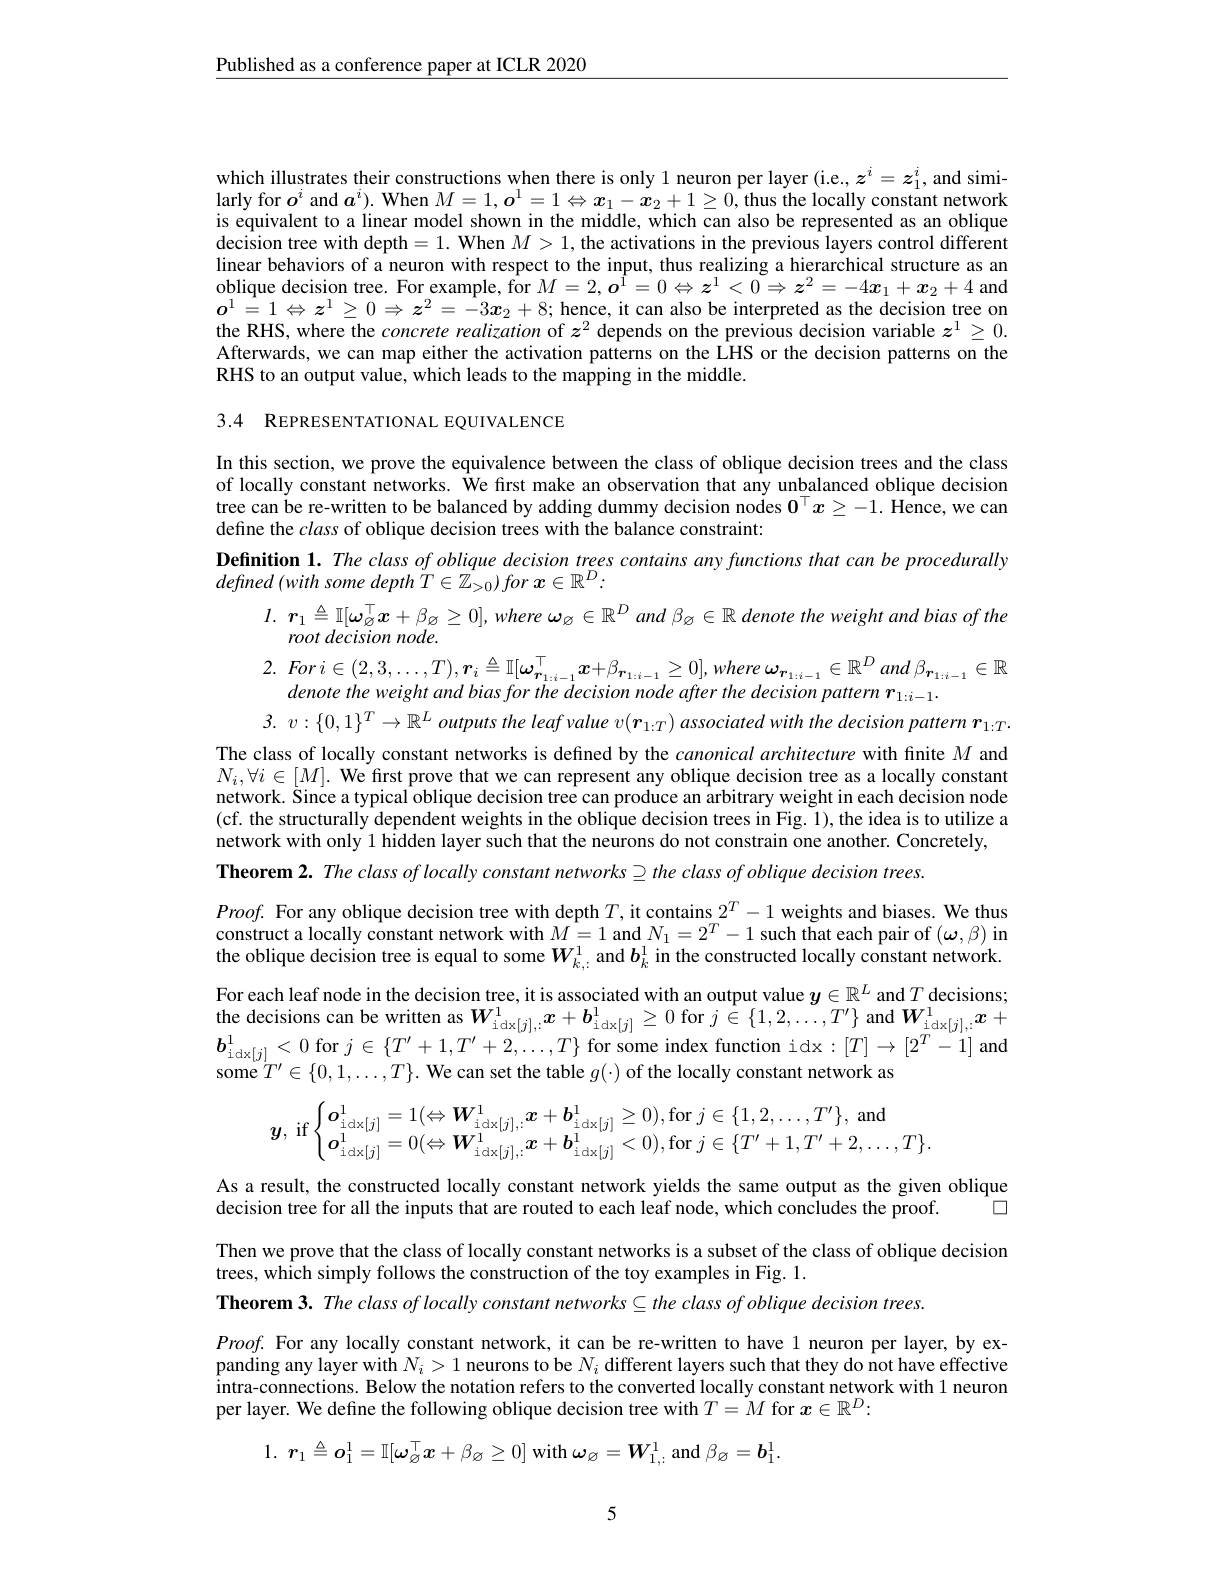
$\underline{\text{Published as a conference paper at ICLR 2020}}$

which illustrates their constructions when there is only 1 neuron per layer (i.e., $z^i=z_1^i$, and similarly for $o^i$ and $a^i).$ When $M=1,\boldsymbol{o}^1=1\Leftrightarrow x_1-\boldsymbol{x}_2+1\geq0$, thus the locally constant network is equivalent to a linear model shown in the middle, which can also be represented as an oblique decision tree with depth =1. When $M>1$, the activations in the previous layers control different linear behaviors of a neuron with respect to the input, thus realizing a hierarchical structure as an oblique decision tree. For example, for $M=2,\boldsymbol{o}^1=0\Leftrightarrow\boldsymbol{z}^1<\tilde{0}\Rightarrow\boldsymbol{z}^2=-4\boldsymbol{x}_1+\boldsymbol{x}_2+4$ and $\boldsymbol{o}^1=1\Leftrightarrow\boldsymbol{z}^1\geq0\Rightarrow\boldsymbol{z}^2=-3\boldsymbol{x}_2+8;$ hence, it can also be interpreted as the decision tree on the RHS, where the $concrete\textit{realization of }z^2$ depends on the previous decision variable $z^1\geq0.$ Afterwards, we can map either the activation patterns on the LHS or the decision patterns on the RHS to an output value, which leads to the mapping in the middle.

3.4 REPRESENTATIONAL EQUIVALENCE
In this section, we prove the equivalence between the class of oblique decision trees and the class of locally constant networks. We first make an observation that any unbalanced oblique decision tree can be re-written to be balanced by adding dummy decision nodes $0^\top x\geq-1.$ Hence, we can define the class of oblique decision trees with the balance constraint:
Definition 1. The class of oblique decision trees contains any functions that can be procedurally
$defined\left(with\text{ some depth }\tilde{T}\in\tilde{\mathbb{Z}}_{>0}\right)for\boldsymbol{x}\in\mathbb{R}^D:$
$l.$ $\boldsymbol{r}_1\triangleq \mathbb{I} [ \boldsymbol{\omega }_{\varnothing }^\top x+ \beta _\varnothing \geq 0] $, where $\boldsymbol\omega_\varnothing\in\mathbb{R}^D$ and $\beta_\varnothing\in\mathbb{R}$ denote the weight and bias of the
root decision node.
2. $Fori\in ( 2, 3, \ldots , T) , \boldsymbol{r}_{i}\triangleq \mathbb{I} [ \omega _{\boldsymbol{r}_{1: i- 1}}^{\top }x+ \beta _{\boldsymbol{r}_{1: i- 1}}\geq 0] , where$ $\omega _{\boldsymbol{r}_{1: i- 1}}\in \mathbb{R} ^{D}$ and $\beta _{\boldsymbol{r}_{1: i- 1}}\in \mathbb{R}$
denote the weight and bias for the decision node after the decision pattern r $r_{1:i-1}.$
3. $v: \{ 0, 1\} ^T\to \mathbb{R} ^L$ outputs the leaf value $v( \boldsymbol{r}_{1: T})$ associated with the decision pattern $\boldsymbol{r}_{1: T}.$ The class of locally constant networks is defined by the canonical architecture with finite $M$ and $N_i,\forall i\in[M].$ We first prove that we can represent any oblique decision tree as a locally constant network. Šince a typical oblique decision tree can produce an arbitrary weight in each decision node (cf. the structurally dependent weights in the oblique decision trees in Fig. 1), the idea is to utilize a network with only 1 hidden layer such that the neurons do not constrain one another. Concretely, Theorem 2. The class of locally constant networks $\supseteq the$ class of oblique decision trees.
$Proof.$ For any oblique decision tree with depth $T$, it contains $2^T-1$ weights and biases. We thus construct a locally constant network with $M=1$ and $N_1=2^T-1$ such that each pair of $(\boldsymbol{\omega},\beta)$ in the oblique decision tree is equal to some $W_{k,:}^1$ and $b_k^1$ in the constructed locally constant network For each leaf node in the decision tree, it is associated with an output value $\boldsymbol{y}\in\mathbb{R}^L$ and $T$ decisions; the decisions can be written as $W_{\mathrm{idx}[j],:}^1x+b_{\mathrm{idx}[j]}^1\geq0$ for $j\in\{1,2,\ldots,T^{\prime}\}$ and $W_{\mathrm{idx}[j],:}^1x+$ $\boldsymbol{b}_{\mathrm{idx}[ j] }^{1}< 0$ for $j\in \{ T^{\prime }+ 1, T^{\prime }+ 2, \ldots , T\}$ for some index function idx: $[ T] \to [ 2^{T}- 1]$ and some $T^{\prime }\in \{ 0, 1, \ldots , T\} .$ We can set the table $g( \cdot )$ of the locally constant network as
$$y,\:\mathrm{if}\begin{cases}\boldsymbol{o}_{\mathrm{idx}[j]}^{1}=1(\Leftrightarrow\boldsymbol{W}_{\mathrm{idx}[j],\vdots}^{1}\boldsymbol{x}+\boldsymbol{b}_{\mathrm{idx}[j]}^{1}\geq0),\mathrm{for}\:j\in\{1,2,\ldots,T^{\prime}\},\:\mathrm{and}\\\boldsymbol{o}_{\mathrm{idx}[j]}^{1}=0(\Leftrightarrow\boldsymbol{W}_{\mathrm{idx}[j],\vdots}^{1}\boldsymbol{x}+\boldsymbol{b}_{\mathrm{idx}[j]}^{1}<0),\mathrm{for}\:j\in\{T^{\prime}+1,T^{\prime}+2,\ldots,T\}.\end{cases}$$
As a result, the constructed locally constant network yields the same output as the given oblique
decision tree for all the inputs that are routed to each leaf node, which concludes the proof.

$\square$
Then we prove that the class of locally constant networks is a subset of the class of oblique decision
trees, which simply follows the construction of the toy examples in Fig. 1.
Theorem 3. The class of locally constant networks $\subseteq the$ class of oblique decision trees.

$Proof.$ For any locally constant network, it can be re-written to have 1 neuron per layer, by expanding any layer with $N_i>1$ neurons to be $N_i$ different layers such that they do not have effective intra-connections. Below the notation refers to the converted locally constant network with 1 neuron per layer. We define the following oblique decision tree with $T=M$ for $x\in\mathbb{R}^D:$

1. $\boldsymbol{r}_{1}\triangleq \boldsymbol{o}_{1}^{1}= \mathbb{I} [ \boldsymbol{\omega }_{\varnothing }^{\top }\boldsymbol{x}+ \beta _{\varnothing }\geq 0]$ with $\boldsymbol\omega_\varnothing=\boldsymbol{W}_{1,:}^{1}$ and $\beta_\varnothing=\boldsymbol{b}_1^{1}.$

5